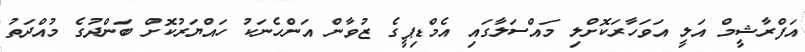
އަފްރާޝީމް އަލީ އަވަހާރަކޮށްލި މައްސަލާގައި އެމްޑިޕީގެ ޒުވާން އަންހެނަކު ހައްޔަރުކޮށް ބަންދުގެ މުއްދަތު